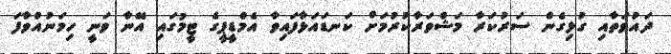
ދައުވަތާއި ގުޅިގެން ސަރުކަރާ މަޝްވަރާކުރުމަށް ކަނޑައަޅާފައިވާ އެމްޑީޕީގެ ޓީމުގައި އޭނާ ވަނީ ހިމަނުއްވާފަ